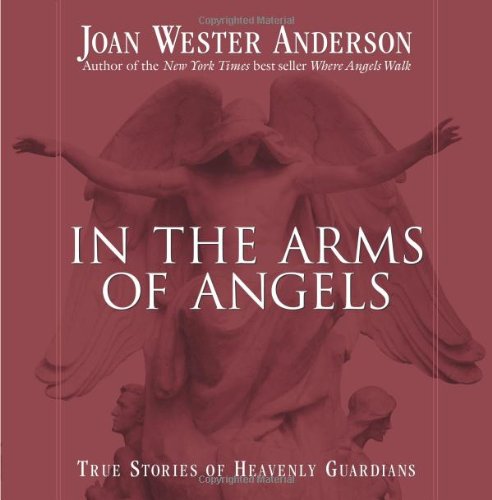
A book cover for In the Arms of Angels: True Stories of Heavenly Guardians; Joan Wester Anderson; Christian Books & Bibles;